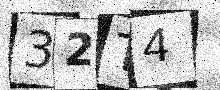
Text: 32T4